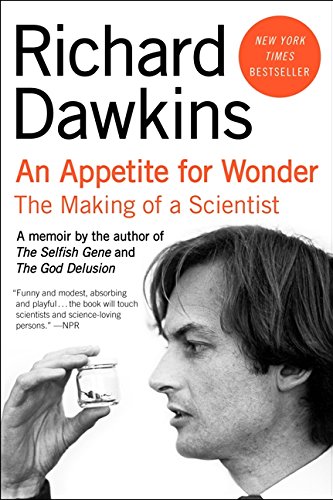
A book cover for Appetite for Wonder, An: The Making of a Scientist; Richard Dawkins; Science & Math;